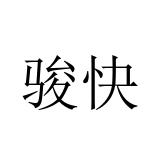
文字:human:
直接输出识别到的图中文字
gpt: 骏快